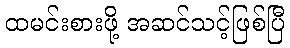
ထမင်းစားဖို့ အဆင်သင့်ဖြစ်ပြီ